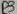
Text: D3